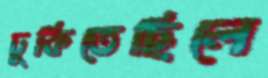
ঢুকিতেছিলে